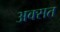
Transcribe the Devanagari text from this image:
अक्सत